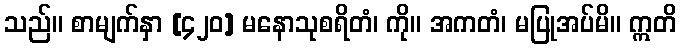
သည်။ စာမျက်နှာ [၄၂၀] မနောသုစရိတံ၊ ကို။ အကတံ၊ မပြုအပ်မိ။ ဣတိ